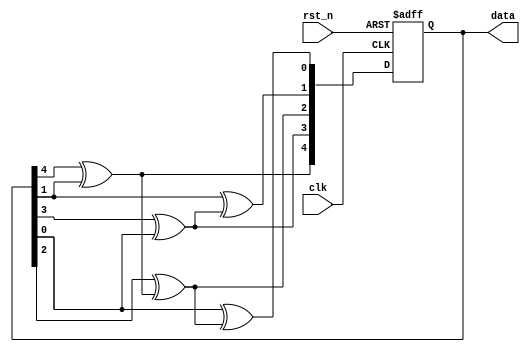
`timescale 1ns/1ps

module pseudo_random (
  input clk,
  input rst_n,
  output reg [4:0] data
);

reg [4:0] data_next;

always @* begin
  data_next[4] = data[4]^data[1];
  data_next[3] = data[3]^data[0];
  data_next[2] = data[2]^data_next[4];
  data_next[1] = data[1]^data_next[3];
  data_next[0] = data[0]^data_next[2];
end

always @(posedge clk or negedge rst_n)
  if(!rst_n)
    data <= 5'h1f;
  else
    data <= data_next;

endmodule